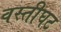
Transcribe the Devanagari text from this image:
वस्तीघट